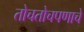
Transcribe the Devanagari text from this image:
तोचतोचपणाचे